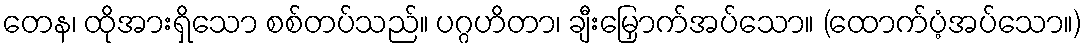
တေန၊ ထိုအားရှိသော စစ်တပ်သည်။ ပဂ္ဂဟိတာ၊ ချီးမြှောက်အပ်သော။ (ထောက်ပံ့အပ်သော။)